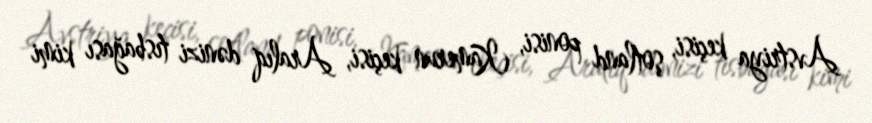
Avstriya keçisi, şotland ponisi, Kamerun keçisi, Aralıq dənizi tısbağası kimi